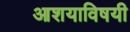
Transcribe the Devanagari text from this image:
आशयाविषयी